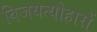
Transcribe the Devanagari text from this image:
विजयत्योहारों